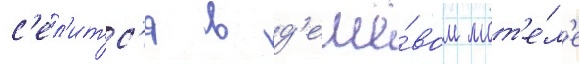
с'ел'итс'я в д'ешё́вом мот'е́л'е